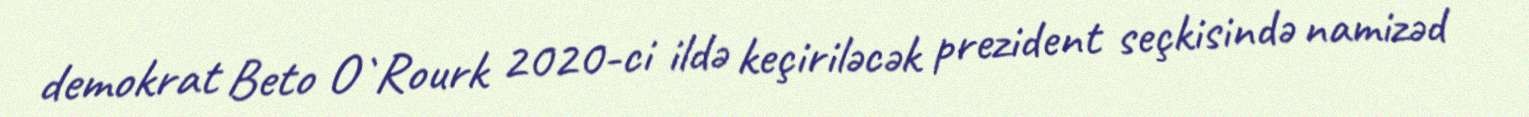
demokrat Beto O`Rourk 2020-ci ildə keçiriləcək prezident seçkisində namizəd